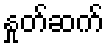
နှုတ်ဆက်